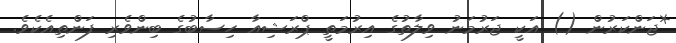
*ޖަންކަރުން () އަކީ ޖަރުމަނު ވިލާތުގެ އިރުމަތީ ޕްރަޝިއާ ހިސާބުގެ ބިންވެރި ފަންތިއެކެވެ.